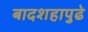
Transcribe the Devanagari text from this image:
बादशहापुढे